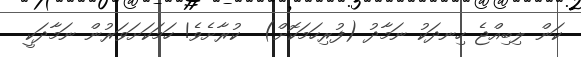
ކަން ލިބިއްޖެ ހިނދަކު ނަމާދު (ފުރިހަމަކޮށް)  ކުރާށެވެ! ހަމަކަށަވަރުން ނަމާދަކީ